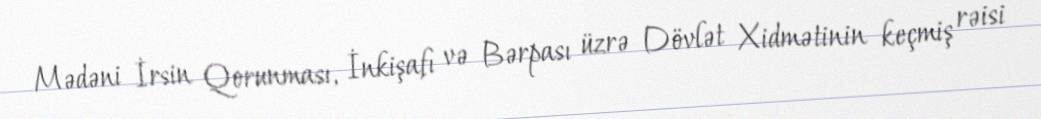
Mədəni İrsin Qorunması, İnkişafı və Bərpası üzrə Dövlət Xidmətinin keçmiş rəisi